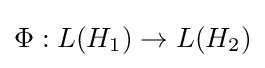
\Phi :L(H_{1})\rightarrow L(H_{2})